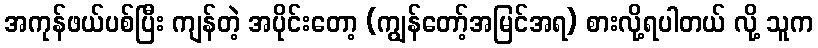
အကုန်ဖယ်ပစ်ပြီး ကျန်တဲ့ အပိုင်းတော့ (ကျွန်တော့်အမြင်အရ) စားလို့ရပါတယ် လို့ သူက